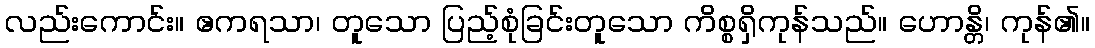
လည်းကောင်း။ ဧကရသာ၊ တူသော ပြည့်စုံခြင်းတူသော ကိစ္စရှိကုန်သည်။ ဟောန္တိ၊ ကုန်၏။